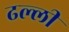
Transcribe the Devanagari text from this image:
ढल्ली